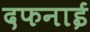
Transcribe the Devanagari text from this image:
दफनाई